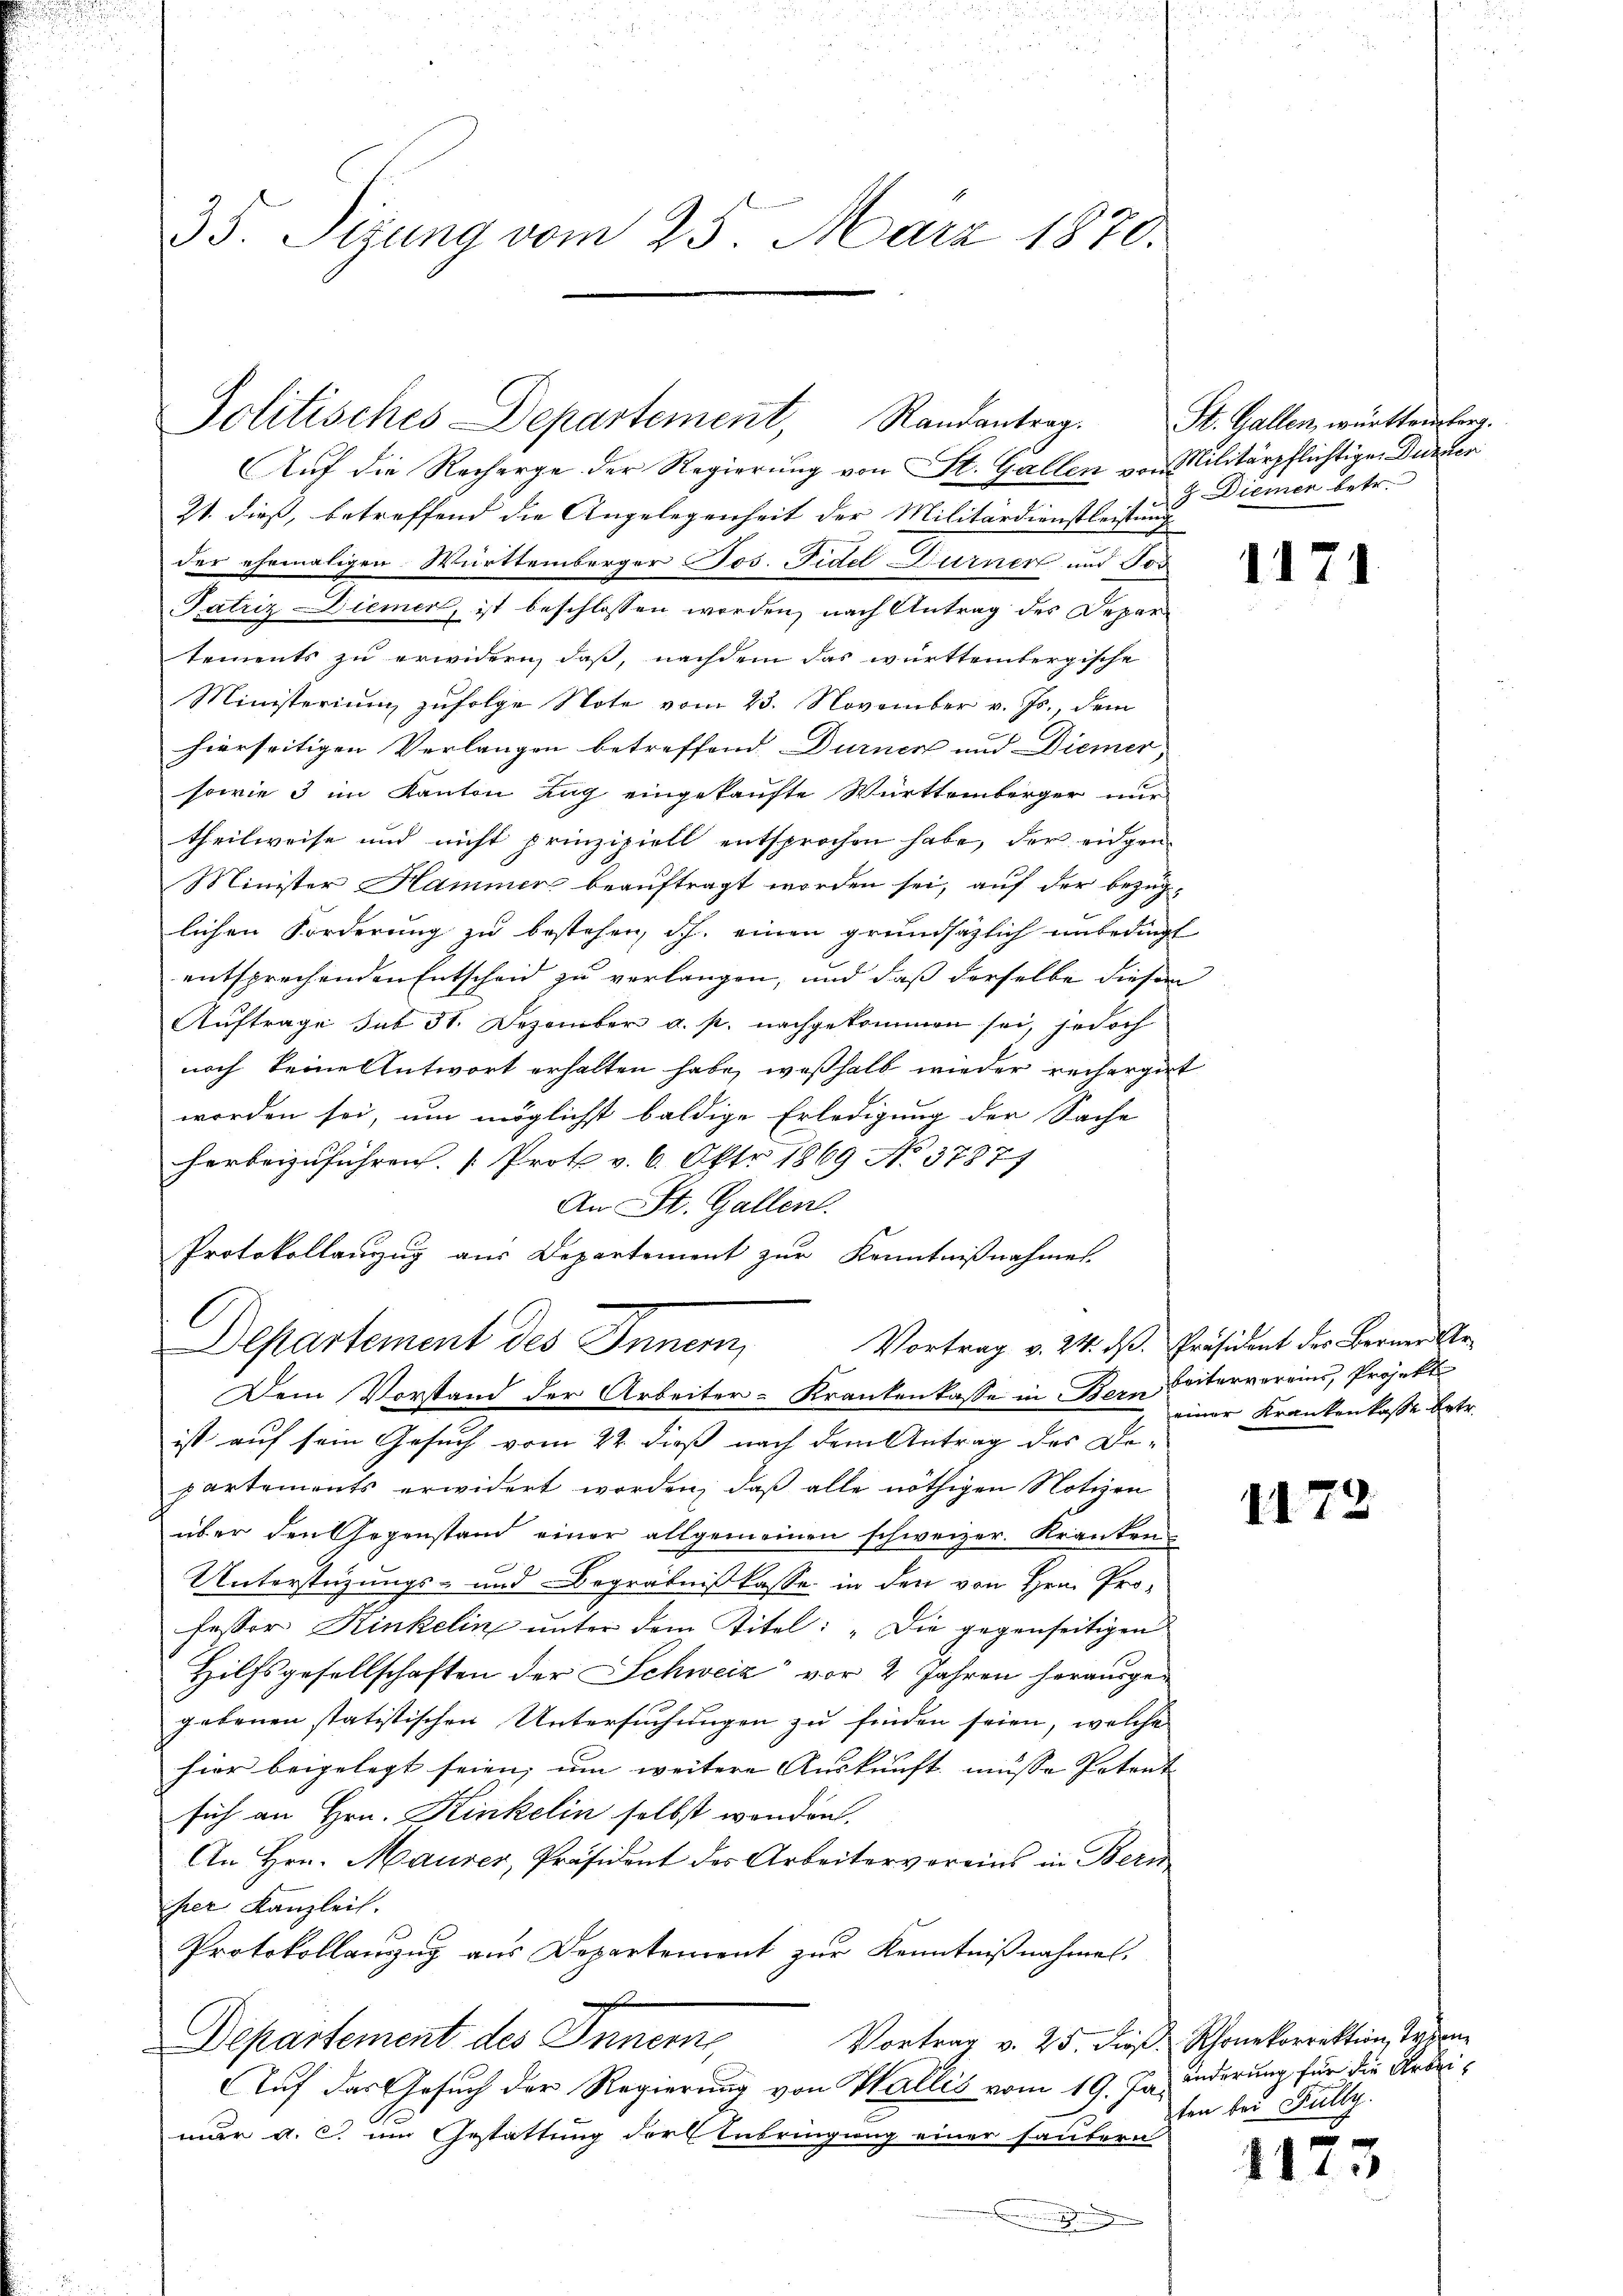
35. Sizung vom 25. März 1870.

Politisches Departement, Randantrag.

Auf die Recharge der Regierung von St. Gallen von Militärpflichtige Dürzer
21. dieß, betreffend die Angelegenheit der Militärdienstleistung
der ehemaligen Württemberger Jos. Fidel Furner und Jos
Patriz-Diemer, ist beschlossen worden, nach Antrag des Departements zu erwidern, daß, nachdem das württembergische
Ministerium zufolge Note vom 23. November v. Js., dem
hierseitigen Verlangen betreffend Durner und Diemer,
sowie 3 im Kanton Zug eingekaufte Württemberger nur
theilweise und nicht prinzipiell entsprochen habe, der eidgen
Minister Hammer beauftragt worden sei, auf der bezüg-
lichen Forderung zu bestehen, d.h. einen grundsätzlich unbedingt
entsprechenden Entscheid zu verlangen, und daß derselbe diesen
Auftrage sub 31. Dezember a. p. nachgekommen sei, jedoch
noch keine Antwort erhalten habe, weßhalb wieder rechergert
worden sei, um möglichst baldige Erledigung der Sache
herbeizuführen. Proth v. 6. Okt 1869 No 37877
An St. Gallen.
Protokollanzug aus Departement zur Kenntnißnahmes.
Dem Vorstand der Arbeiter-Krankenkasse in Bern Seitervereins, Projekte
ist auf sein Gesuch vom 22. dieß nach dem Antrag des De-
partements erwidert worden, daß alle nöthigen Notizen
über den Gegenstand einer allgemeinen schweizer. Kranken
Unterstüzungs- und Begräbniß lasse in den von Hrn. Pro-
fessor Kinkelin unter dem Titel: „Die gegenseitigen
Hilfsgesellschaften der Schweiz“ vor 2 Jahren herausgegebenen statistischen Untersuchungen zu finden seien, welche
hier beigelegt seien, um weitere Auskunft müsse Potent |
sich an Hrn. Kinkelin selbst worden.
An Hrn. Maurer, Präsident des Arbeitervereins in Bern
her Kanzleit.
Protokollanzug aus Departement zur Kenntnißnahmen.
Vortrag v. 25. dieß Rhonekorrektion, Trien
Departement des Innern,
Auf das Gesuch der Regierung von Wallis vom 19. Jamur a. c. um Gestattung der Anbringung einer saubern

Departement des Inner, Vortrag v. M. dß. Präsident des Bernerste

St. Gallen, württemberg.
3 Diemer betr.

1171

einer Krankenkasse betr.

1172

änderung für die Arbeit
sten bei Fully.

J
1